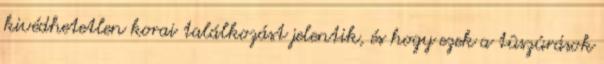
kivédhetetlen korai találkozást jelentik, és hogy ezek a tûszúrások